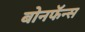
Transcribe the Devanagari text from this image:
बोनफॅन्स